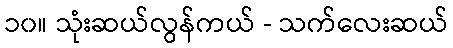
၁၀။ သုံးဆယ်လွန်ကယ် - သက်လေးဆယ်